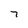
Character: 7